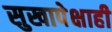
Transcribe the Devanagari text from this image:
सुखापेक्षाही